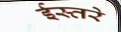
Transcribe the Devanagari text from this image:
ईस्तरे